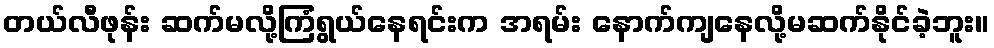
တယ်လီဖုန်း ဆက်မလို့ကြံရွယ်နေရင်းက အရမ်း နောက်ကျနေလို့မဆက်နိုင်ခဲ့ဘူး။